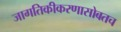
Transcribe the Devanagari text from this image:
जागतिकीकरणासोबतच